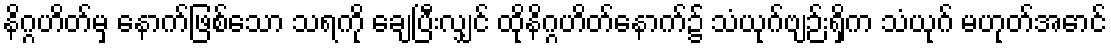
နိဂ္ဂဟိတ်မှ နောက်ဖြစ်သော သရကို ချေပြီးလျှင် ထိုနိဂ္ဂဟိတ်နောက်၌ သံယုဂ်ဗျဉ်းရှိက သံယုဂ် မဟုတ်အောင်